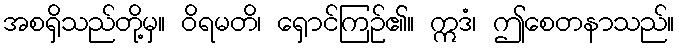
အစရှိသည်တို့မှ။ ဝိရမတိ၊ ရှောင်ကြဉ်၏။ ဣဒံ၊ ဤစေတနာသည်။